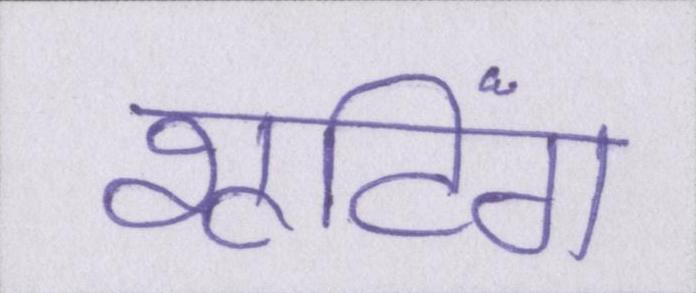
शूटिंग